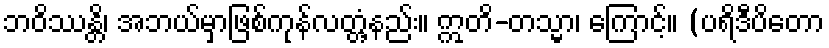
ဘဝိဿန္တိ၊ အဘယ်မှာဖြစ်ကုန်လတ္တံ့နည်း။ ဣတိ-တသ္မာ၊ ကြောင့်။ (ပရိဒီပိတော